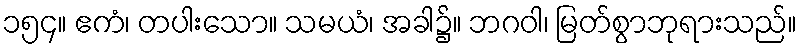
၁၅၄။ ဧကံ၊ တပါးသော။ သမယံ၊ အခါ၌။ ဘဂဝါ၊ မြတ်စွာဘုရားသည်။